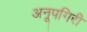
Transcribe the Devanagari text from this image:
अनूपगिरी